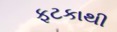
ફટકાથી